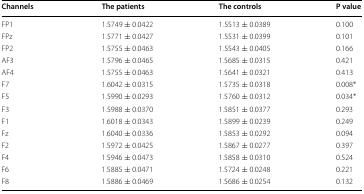
<table><thead><tr><td><b>Channels</b></td><td><b>The patients</b></td><td><b>The controls</b></td><td><b>P value</b></td></tr></thead><tbody><tr><td>FP1</td><td>1.5749 ± 0.0422</td><td>1.5513 ± 0.0389</td><td>0.100</td></tr><tr><td>FPz</td><td>1.5771 ± 0.0427</td><td>1.5531 ± 0.0399</td><td>0.101</td></tr><tr><td>FP2</td><td>1.5755 ± 0.0463</td><td>1.5543 ± 0.0405</td><td>0.166</td></tr><tr><td>AF3</td><td>1.5796 ± 0.0465</td><td>1.5685 ± 0.0315</td><td>0.421</td></tr><tr><td>AF4</td><td>1.5755 ± 0.0463</td><td>1.5641 ± 0.0321</td><td>0.413</td></tr><tr><td>F7</td><td>1.6042 ± 0.0315</td><td>1.5735 ± 0.0318</td><td>0.008*</td></tr><tr><td>F5</td><td>1.5990 ± 0.0293</td><td>1.5760 ± 0.0312</td><td>0.034*</td></tr><tr><td>F3</td><td>1.5988 ± 0.0370</td><td>1.5851 ± 0.0377</td><td>0.293</td></tr><tr><td>F1</td><td>1.6018 ± 0.0343</td><td>1.5899 ± 0.0239</td><td>0.249</td></tr><tr><td>Fz</td><td>1.6040 ± 0.0336</td><td>1.5853 ± 0.0292</td><td>0.094</td></tr><tr><td>F2</td><td>1.5972 ± 0.0425</td><td>1.5867 ± 0.0277</td><td>0.397</td></tr><tr><td>F4</td><td>1.5946 ± 0.0473</td><td>1.5858 ± 0.0310</td><td>0.524</td></tr><tr><td>F6</td><td>1.5885 ± 0.0471</td><td>1.5724 ± 0.0248</td><td>0.221</td></tr><tr><td>F8</td><td>1.5886 ± 0.0469</td><td>1.5686 ± 0.0254</td><td>0.132</td></tr></tbody></table>